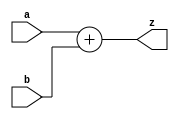
module Adder(output [31:0] z, input [31:0] a, b);
    assign z = a + b;
endmodule